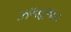
ઝળહળાટ